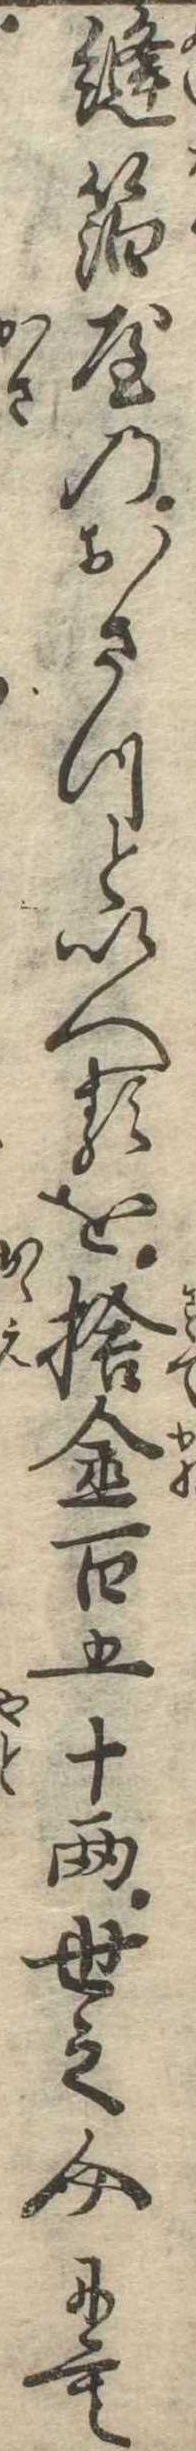
縫箔屋のおさつといへるを捨金百五十両世之介にも